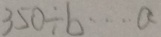
3 5 0 \div b \cdots a